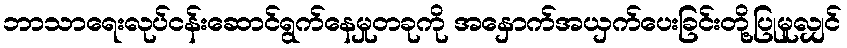
ဘာသာရေးလုပ်ငန်းဆောင်ရွက်နေမှုတခုကို အနှောက်အယှက်ပေးခြင်းတို့ပြုမူလျှင်